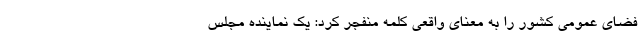
فضای عمومی کشور را به معنای واقعی کلمه منفجر کرد: یک نماینده مجلس